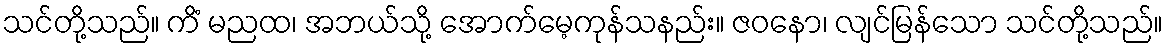
သင်တို့သည်။ ကိံ မညထ၊ အဘယ်သို့ အောက်မေ့ကုန်သနည်း။ ဇဝနော၊ လျင်မြန်သော သင်တို့သည်။